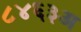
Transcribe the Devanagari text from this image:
८४६३अ